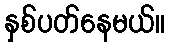
နှစ်ပတ်နေမယ်။